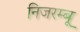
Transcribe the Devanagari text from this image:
निजरम्बू